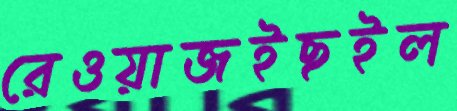
রেওয়াজইছইল